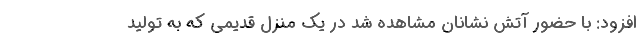
افزود: با حضور آتش نشانان مشاهده شد در یک منزل قدیمی که به تولید